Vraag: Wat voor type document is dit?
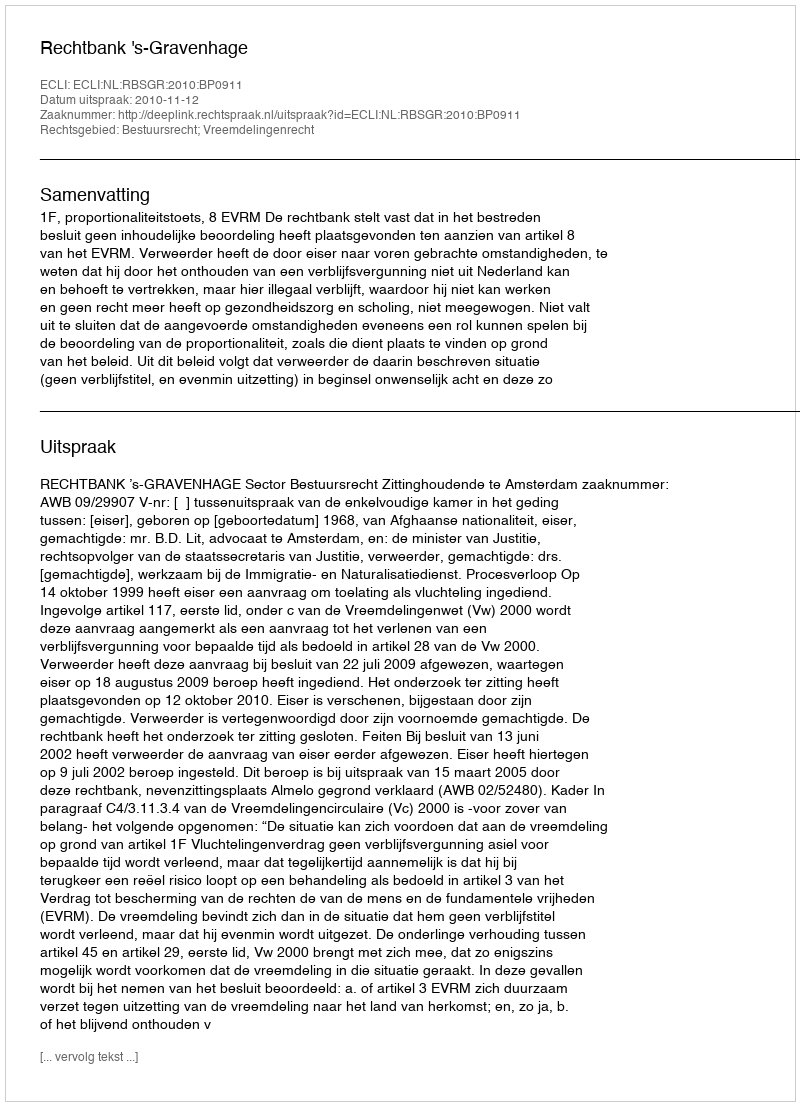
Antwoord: Uitspraak